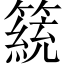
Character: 𥴗